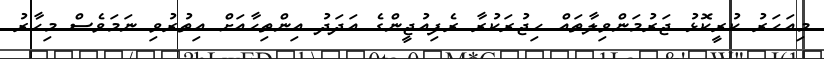
މިއަހަރު ކުރީކޮޅު ޖަރުމަންވިލާތައް ހިޖުރަކުރާ ރެފިއުޖީންގެ އަދަދު އިންތިހާއަށް އިތުރުވި ނަމަވެސް މިހާރު